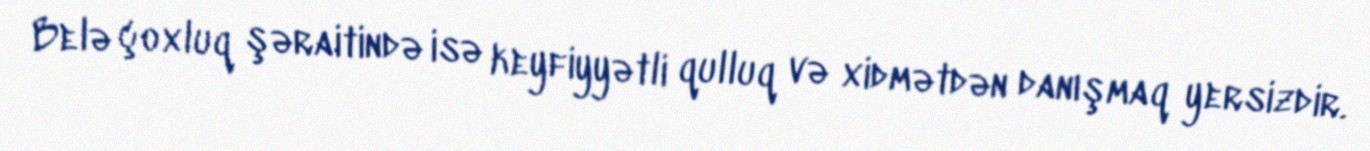
Belə çoxluq şəraitində isə keyfiyyətli qulluq və xidmətdən danışmaq yersizdir.